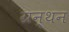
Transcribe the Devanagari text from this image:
ग्रन्थन